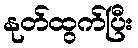
နုတ်ထွက်ပြီး